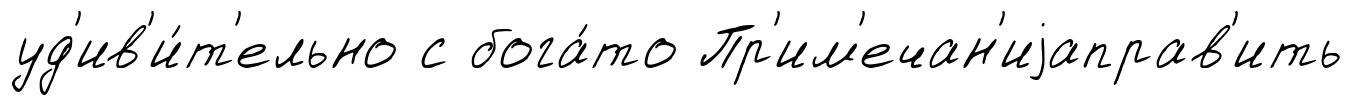
уд'ив'и́т'ельно с бога́то Пр'им'ечан'иjаправ'ить